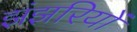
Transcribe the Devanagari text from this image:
झंझरियों